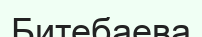
Битебаева